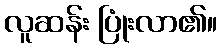
လူဆန်း ပြုံးလာ၏။